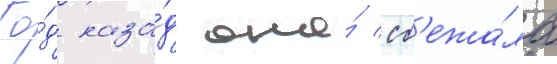
Го́д наза́д она́ сб'ежа́ла